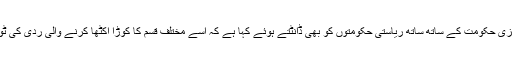
سپریم کورٹ نے مرکزی حکومت کے ساتھ ساتھ ریاستی حکومتوں کو بھی ڈانٹتے ہوئے کہا ہے کہ اسے مختلف قسم کا کوڑا اکٹھا کرنے والی ردی کی ٹوکری نہ سمجھا جائے۔